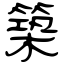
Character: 築